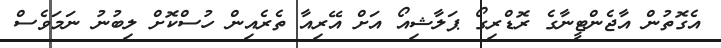
އެގޮތުން އާޖެންޓީނާގެ ރޮޑްރިގޯ ޕަލާޝިއޯ އަށް އޭރިއާ ތެރެއިން ހުސްކޮށް ލިބުނު ނަމަވެސް